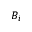
B _ { i }